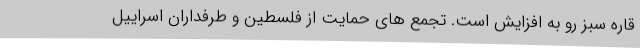
قاره سبز رو به افزایش است. تجمع های حمایت از فلسطین و طرفداران اسراییل